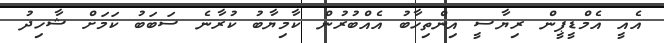
އެއީ އެމްޑީޕީން ރިޔާސީ އިންތިހާބު އެއްބުރުން ކާމިޔާބު ކުރާނެ ސަބަބު ކަމަށް ޝާހިދު